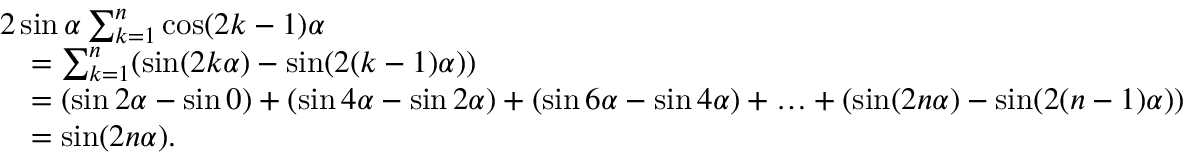
{ \begin{array} { r l } & { 2 \sin \alpha \sum _ { k = 1 } ^ { n } \cos ( 2 k - 1 ) \alpha } \\ & { \quad = \sum _ { k = 1 } ^ { n } ( \sin ( 2 k \alpha ) - \sin ( 2 ( k - 1 ) \alpha ) ) } \\ & { \quad = ( \sin 2 \alpha - \sin 0 ) + ( \sin 4 \alpha - \sin 2 \alpha ) + ( \sin 6 \alpha - \sin 4 \alpha ) + \ldots + ( \sin ( 2 n \alpha ) - \sin ( 2 ( n - 1 ) \alpha ) ) } \\ & { \quad = \sin ( 2 n \alpha ) . } \end{array} }